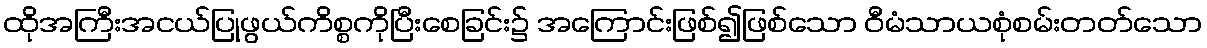
ထိုအကြီးအငယ်ပြုဖွယ်ကိစ္စကိုပြီးစေခြင်း၌ အကြောင်းဖြစ်၍ဖြစ်သော ဝီမံသာယစုံစမ်းတတ်သော